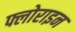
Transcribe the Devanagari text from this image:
फ्लोराइन